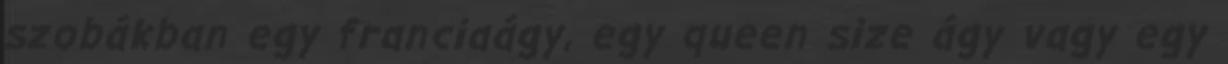
szobákban egy franciaágy, egy queen size ágy vagy egy